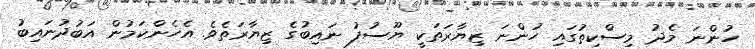
ހުންނަ މެދު މިސްކިތުގައި ހުންނަ ޒިޔާރަތަކީ ޔޫސުފު ނައިބުގެ ޒިޔާރަތެވެ. އެހެންކަމުން އަބުދުނައިބު